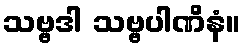
သဗ္ဗဒါ သဗ္ဗပါဏိနံ။